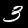
Label: 3